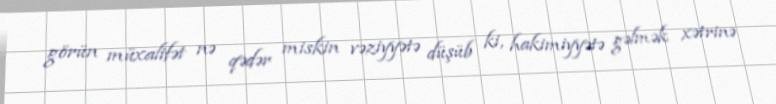
görün müxalifət nə qədər miskin vəziyyətə düşüb ki, hakimiyyətə gəlmək xətrinə